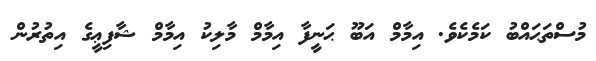
މުސްތަޙައްބު ކަމެކެވެ. އިމާމް އަބޫ ޙަނީފާ އިމާމް މާލިކު އިމާމް ޝާފިޢީގެ އިތުރުން